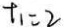
t _ { 1 } = 2